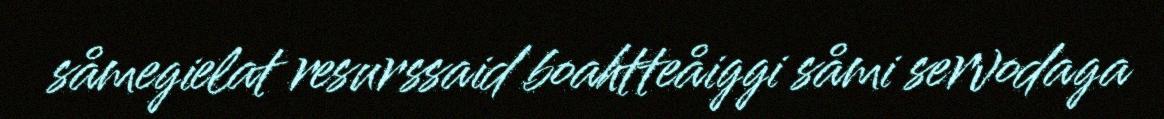
såmegielat resurssaid boahtteåiggi såmi servodaga